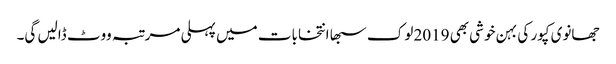
جھانوی کپور کی بہن خوشی بھی 2019 لوک سبھا انتخابات میں پہلی مرتبہ ووٹ ڈالیں گی۔